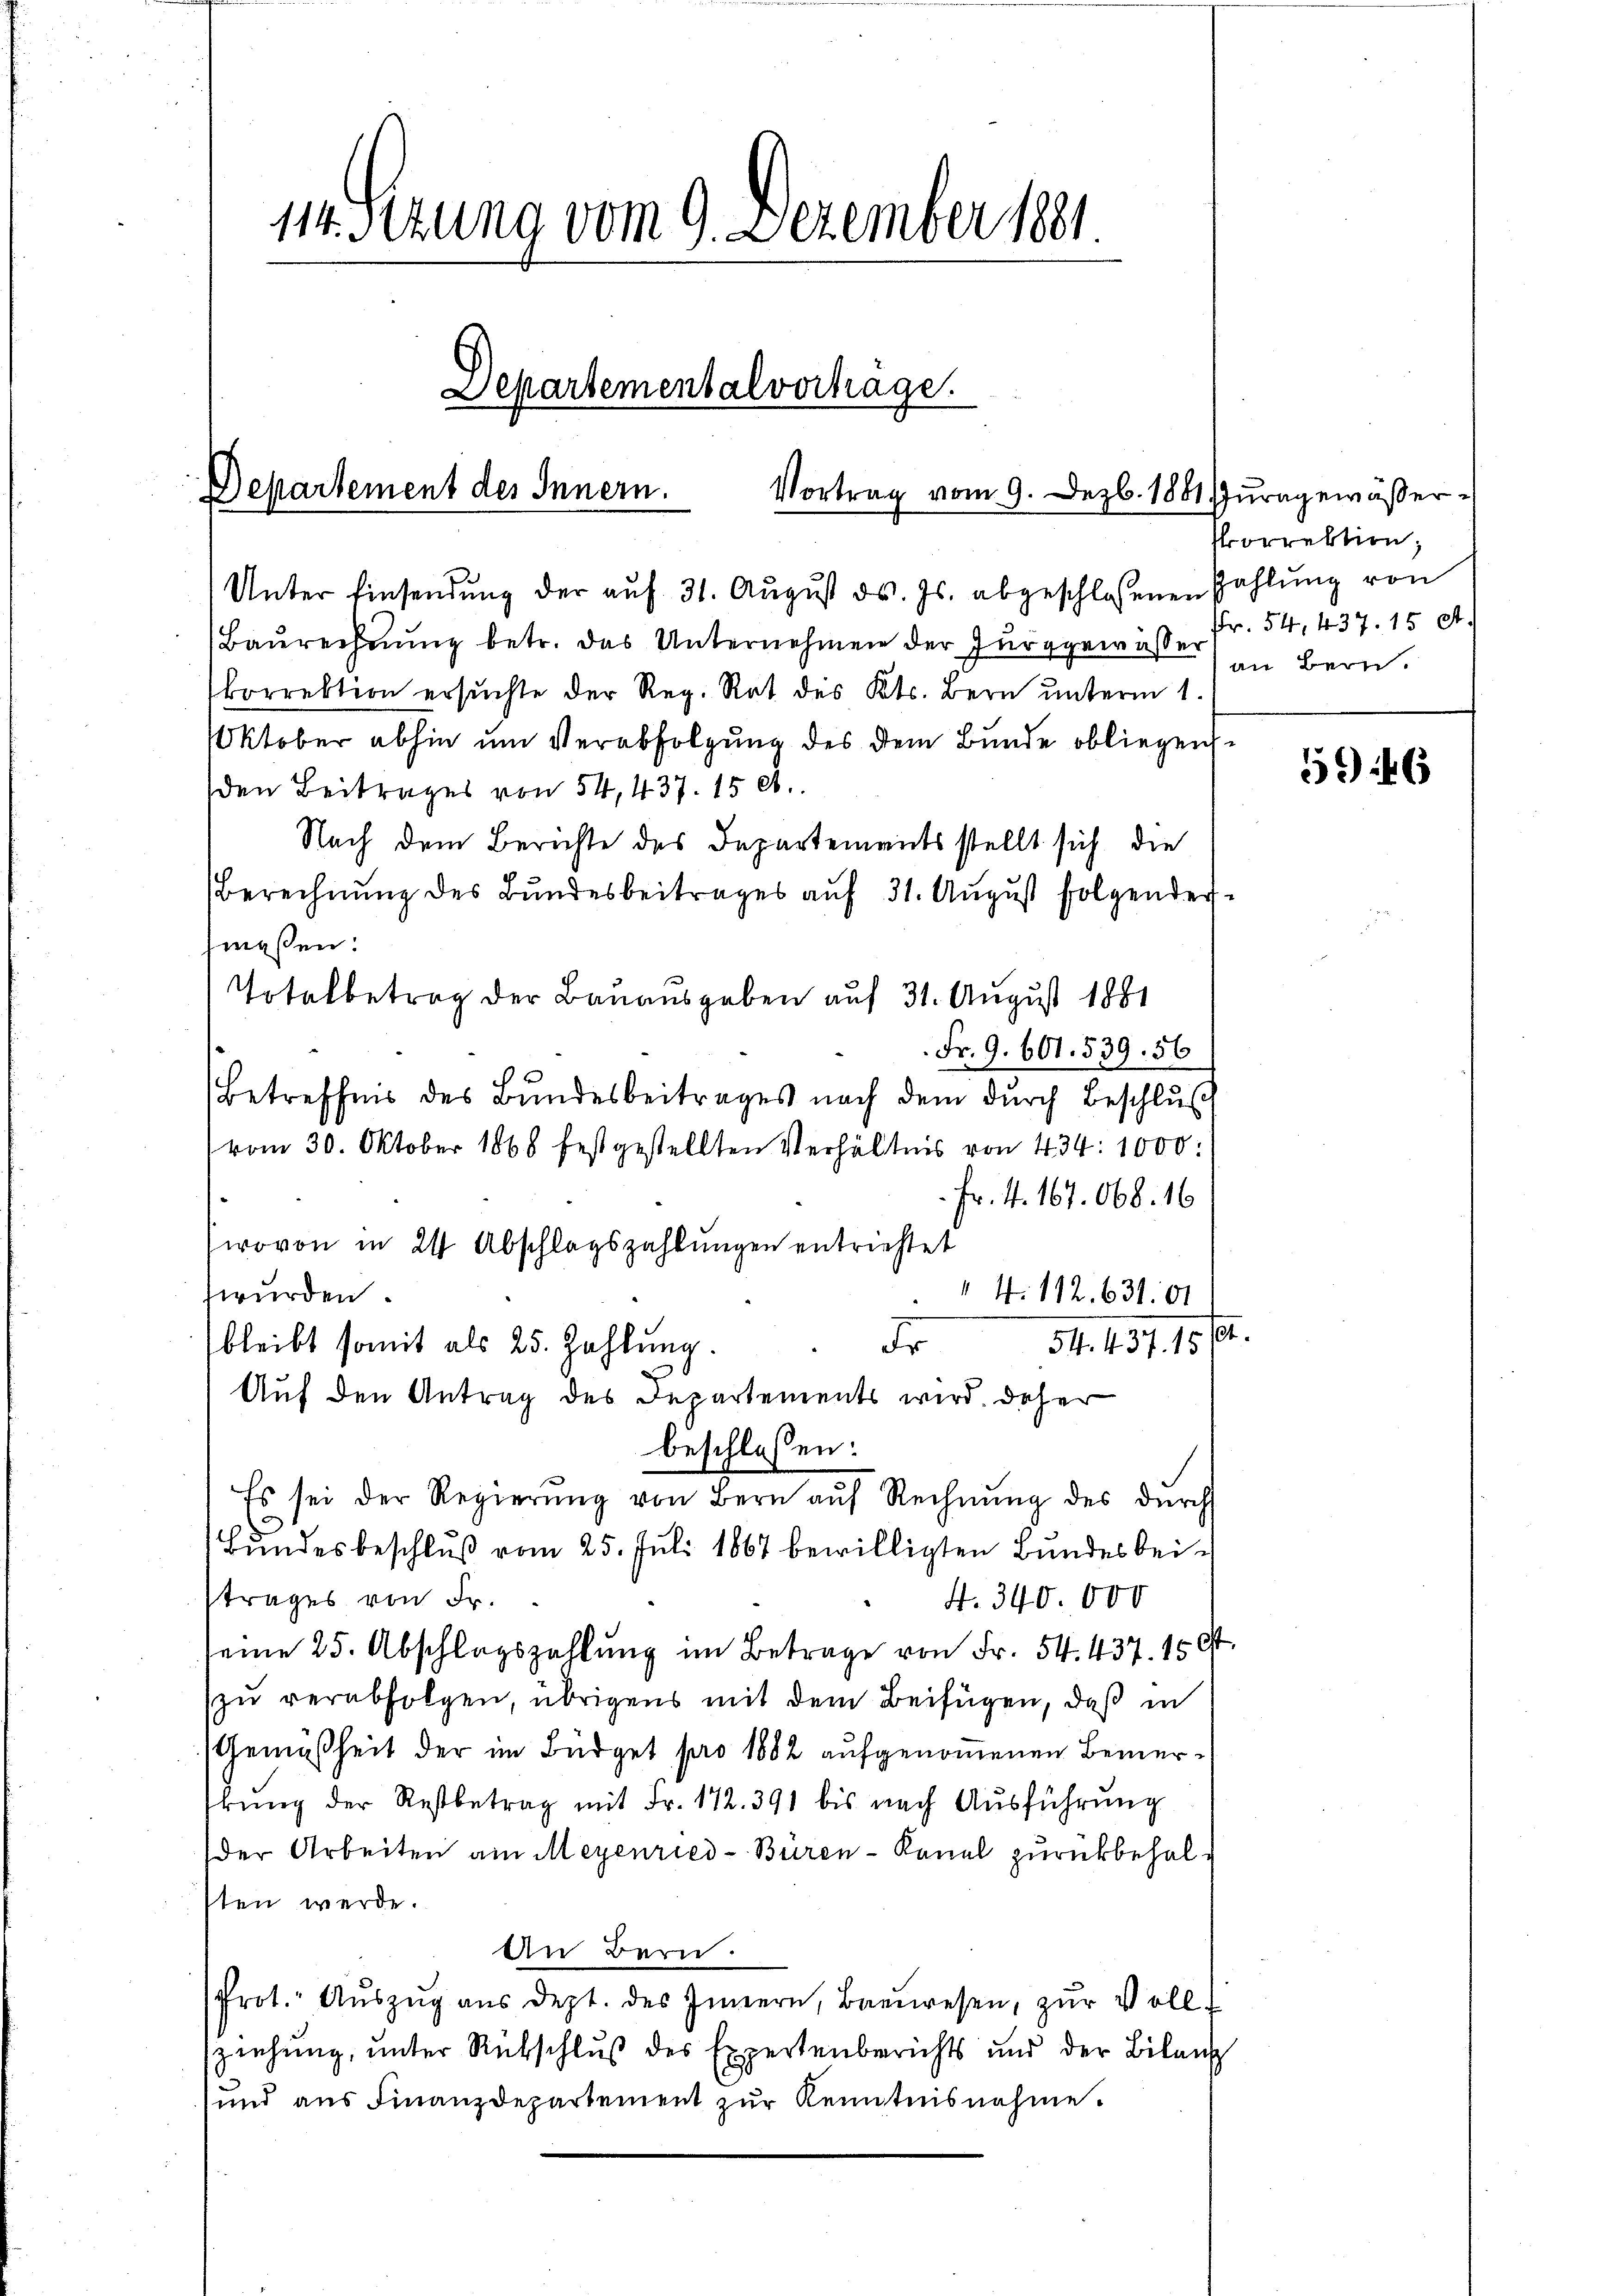
114. Setzung vom 9. Dezember 1881.

Departement des Innern.
Vortrag vom 9. Dezb. 1881 Juragewässer

Departemental vorhage.

Unter Einsendŭng der aŭf 31. Aŭgŭst ds. Js. abgeschlossenen Zahlŭng von
Baŭrechnŭng betr. das Unternehmen der Furggewässer an Bern.
korrektion ersuchte der Reg. Rat des Kts. Bern unterm 1.
Oktober abhin um Verabfolgung des dem Bunde obliegen
den Beitrages von 54, 437. 15 l.
Nach dem Berichte des Departements stellt sich die
Berechnung des Bundesbeitrages auf 31. August folgender
maßen:
Totalbetrag der Bauausgaben auf 31. August 1881
Fr. 9. 601. 539. 56
Betreffnis des Bundesbeitrages nach dem dŭrch Beschlŭs
vom 30. Oktober 1868 festgestellten Verhältnis von 434. 1000:
Fr. 4. 167. 668. 16
(wovon in 24 Abschlagszahlungen entrichtet
 4. 112. 631. 81
wurden.
54. 437. 15.
Fr
bleibt somit als 25. Zahlung.
Auf den Antrag des Departements wird daher
beschlossen:
Es sei der Regierŭng von Bern aŭf Rechnŭng des dŭrch
Bundesbeschluß vom 25. Juli 1867 bewilligten Bundesbeitrages von Fr.
4. 340. 000
seine 25. Abschlagszahlung im Betrage von Fr. 54. 437. 150.
zu verabfolgen, übrigens mit dem Beifügen, daß in
Gemäßheit der im Büdget pro 1882 aufgenommenen Bemerkŭng der Restbetrag mit Fr. 172. 391 bis nach Ausführung
der Arbeiten am Meyenried-Büren-Kanal zurückbehalsten werde.
An Bern.
Prot. Aŭszŭg aŭs dept. des Innern, Bannwesen, zŭr Voll-
ziehung, unter Rückschluß des Expertenberichts und der Bilanz
und ans Finanzdepartement zŭr Kenntnisnahme.

Porrektion,
Fr. 54, 437. 15 A.

546